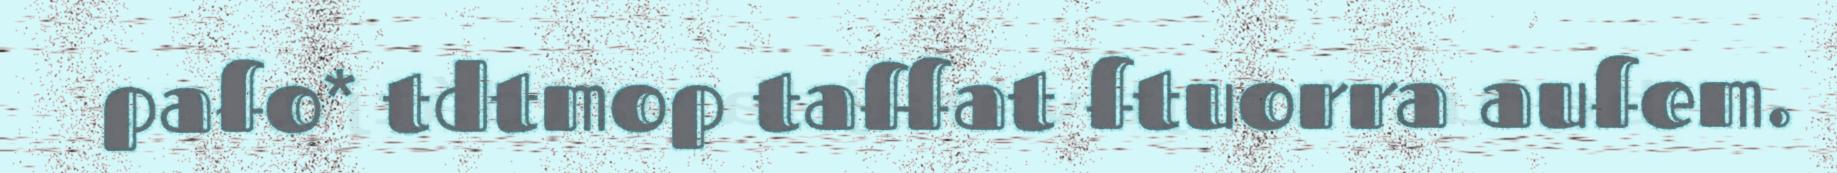
pafo* tdtmop taffat ftuorra aufem.